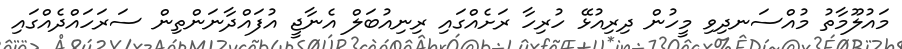
މައުލޫމާތު މުއްސަނދިވި މީހުން ދިރިއުޅޭ ހުރިހާ ރަށެއްގައި ރިނިއުބަލް އެނާޖީ އުފައްދާނަންތިން ސަރަހައްދެއްގައި